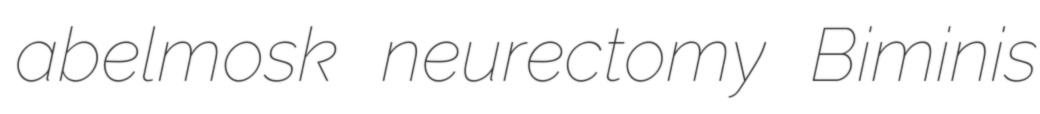
abelmosk neurectomy Biminis